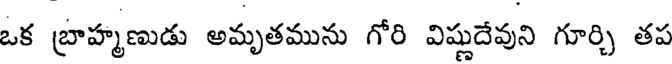
ఒక బ్రాహ్మణుడు అమృతమును గోరి విష్ణుదేవుని గూర్చి తప